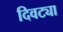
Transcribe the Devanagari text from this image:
दिवट्या